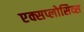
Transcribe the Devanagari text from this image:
एक्सप्लोसिव्स